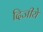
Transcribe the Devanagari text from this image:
दिजीये